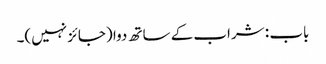
باب : شراب کے ساتھ دوا (جائز نہیں)۔